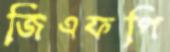
জিএফপি